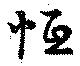
恒